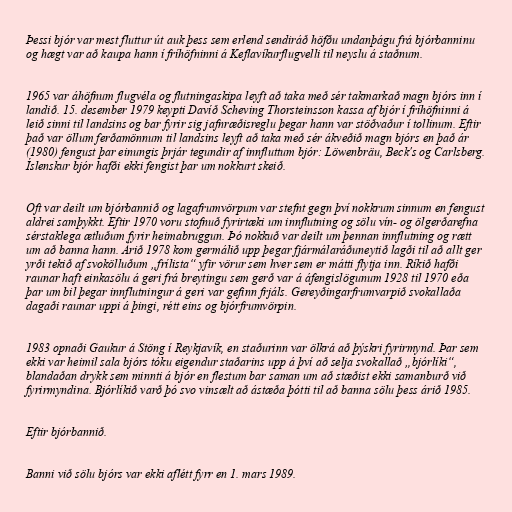
Þessi bjór var mest fluttur út auk þess sem erlend sendiráð höfðu undanþágu frá bjórbanninu
og hægt var að kaupa hann í fríhöfninni á Keflavíkurflugvelli til neyslu á staðnum.

1965 var áhöfnum flugvéla og flutningaskipa leyft að taka með sér takmarkað magn bjórs inn í
landið. 15. desember 1979 keypti Davíð Scheving Thorsteinsson kassa af bjór í fríhöfninni á
leið sinni til landsins og bar fyrir sig jafnræðisreglu þegar hann var stöðvaður í tollinum. Eftir
það var öllum ferðamönnum til landsins leyft að taka með sér ákveðið magn bjórs en það ár
(1980) fengust þar einungis þrjár tegundir af innfluttum bjór: Löwenbräu, Beck's og Carlsberg.
Íslenskur bjór hafði ekki fengist þar um nokkurt skeið.

Oft var deilt um bjórbannið og lagafrumvörpum var stefnt gegn því nokkrum sinnum en fengust
aldrei samþykkt. Eftir 1970 voru stofnuð fyrirtæki um innflutning og sölu vín- og ölgerðarefna
sérstaklega ætluðum fyrir heimabruggun. Þó nokkuð var deilt um þennan innflutning og rætt
um að banna hann. Árið 1978 kom germálið upp þegar fjármálaráðuneytið lagði til að allt ger
yrði tekið af svokölluðum „frílista“ yfir vörur sem hver sem er mátti flytja inn. Ríkið hafði
raunar haft einkasölu á geri frá breytingu sem gerð var á áfengislögunum 1928 til 1970 eða
þar um bil þegar innflutningur á geri var gefinn frjáls. Gereyðingarfrumvarpið svokallaða
dagaði raunar uppi á þingi, rétt eins og bjórfrumvörpin.

1983 opnaði Gaukur á Stöng í Reykjavík, en staðurinn var ölkrá að þýskri fyrirmynd. Þar sem
ekki var heimil sala bjórs tóku eigendur staðarins upp á því að selja svokallað „bjórlíki“,
blandaðan drykk sem minnti á bjór en flestum bar saman um að stæðist ekki samanburð við
fyrirmyndina. Bjórlíkið varð þó svo vinsælt að ástæða þótti til að banna sölu þess árið 1985.

Eftir bjórbannið.

Banni við sölu bjórs var ekki aflétt fyrr en 1. mars 1989.